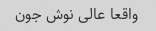
واقعا عالی نوش جون